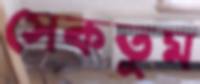
সেকতুম